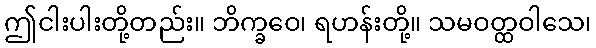
ဤငါးပါးတို့တည်း။ ဘိက္ခဝေ၊ ရဟန်းတို့။ သမဝတ္ထဝါသေ၊